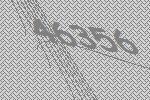
46356